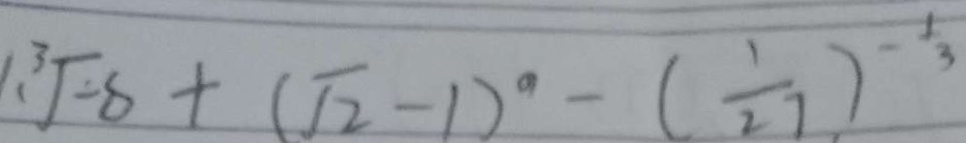
1 ( \sqrt [ 3 ] { - 8 } + ( \sqrt { 2 } - 1 ) ^ { 0 } - ( \frac { 1 } { 2 7 } ) ^ { - \frac { 1 } { 3 } }